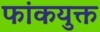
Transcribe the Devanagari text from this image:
फांकयुक्त